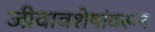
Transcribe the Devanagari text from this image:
जीवावशेषांवरून